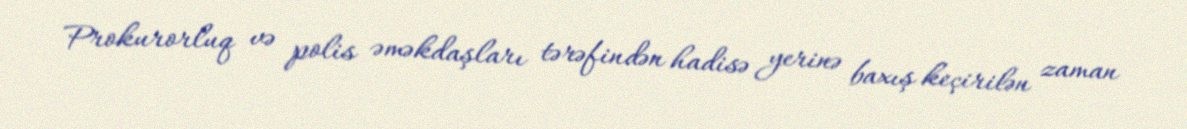
Prokurorluq və polis əməkdaşları tərəfindən hadisə yerinə baxış keçirilən zaman